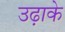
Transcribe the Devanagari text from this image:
उढ़ाके